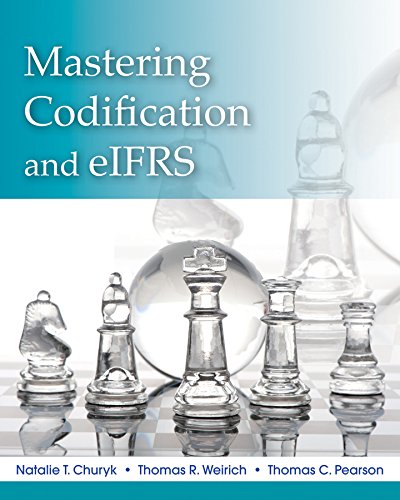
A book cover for Mastering FASB Codification and eIFRS: A Case Approach + WileyPLUS Registration Card; Natalie Tatiana Churyk; Business & Money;